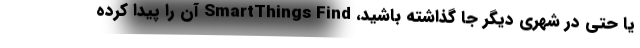
یا حتی در شهری دیگر جا گذاشته باشید، SmartThings Find آن را پیدا کرده